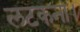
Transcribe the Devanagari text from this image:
लटकना।